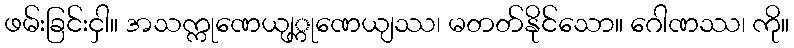
ဖမ်းခြင်းငှါ။ အသက္ကုဏေယျ္ကုဏေယျဿ၊ မတတ်နိုင်သော။ ဂေါဏဿ၊ ကို။